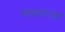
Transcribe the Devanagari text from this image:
यादवराज्य